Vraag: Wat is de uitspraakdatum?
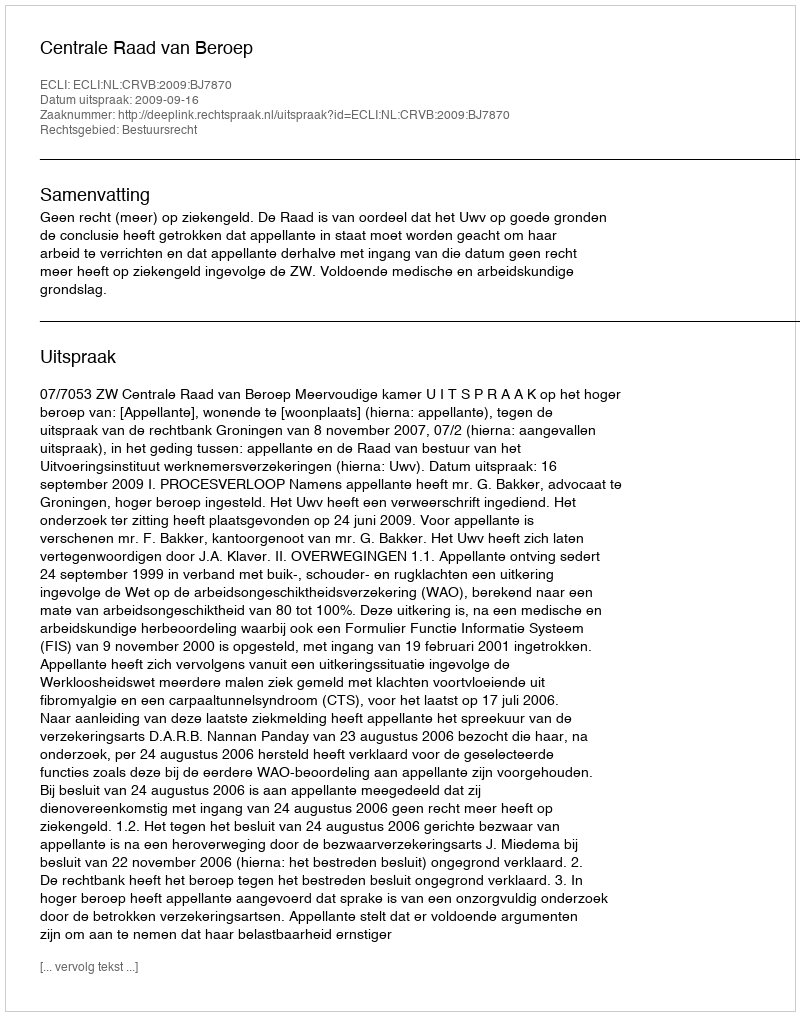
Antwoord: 2009-09-16